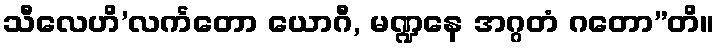
သီလေဟိ’လင်္ကတော ယောဂီ, မဏ္ဍနေ အဂ္ဂတံ ဂတော”တိ။